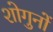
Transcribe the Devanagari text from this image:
शोगुनों